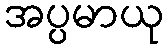
အပ္ပမာယု